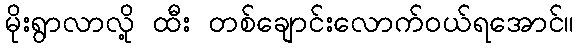
မိုးရွာလာလို့ ထီး တစ်ချောင်းလောက်ဝယ်ရအောင်။